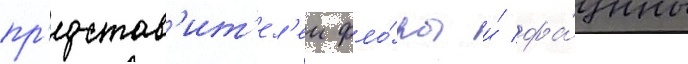
пр'едстав'ит'ел'еи фло́ры и́ фа́уны